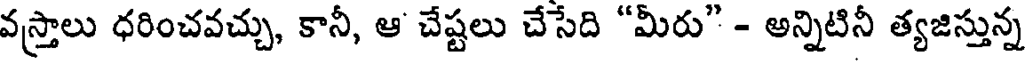
వస్త్రాలు ధరించవచ్చు, కానీ, ఆ చేష్టలు చేసేది "మీరు" - అన్నిటినీ త్యజిస్తున్న